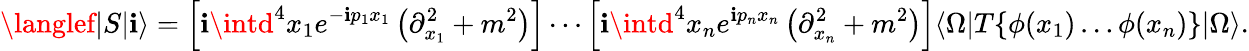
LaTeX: \langlef|S|\mathbf{i}\rangle=\left[\mathbf{i}\intd^{4}x_{1}e^{-\mathbf{i}p_{1}x_{1}}\left(\partial_{x_{1}}^{2}+m^{2}\right)\right]\cdots\left[\mathbf{i}\intd^{4}x_{n}e^{\mathbf{i}p_{n}x_{n}}\left(\partial_{x_{n}}^{2}+m^{2}\right)\right]\langle\Omega|T\{ \phi(x_{1})\dots\phi(x_{n})\} |\Omega\rangle.